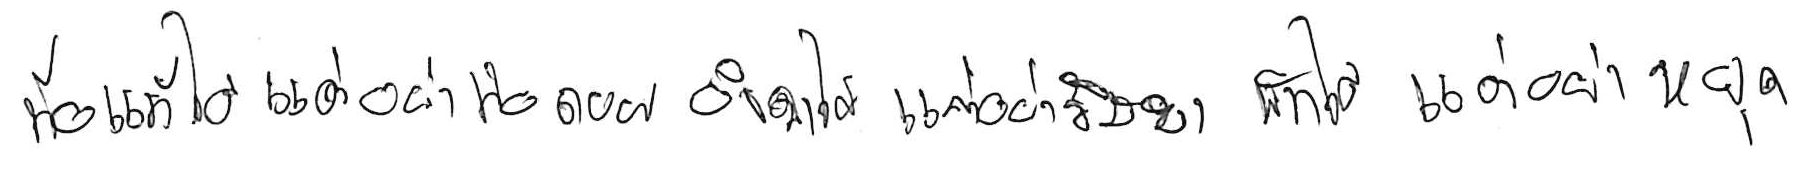
ท้อแท้ได้ แต่อย่าท้อถอย อิจฉาได้ แต่อย่าริษยา พักได้ แต่อย่าหยุด